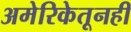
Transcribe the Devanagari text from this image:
अमेरिकेतूनही